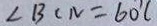
\angle B C N = 6 0 ^ { \circ } (